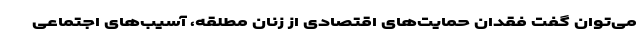
می‌توان گفت فقدان حمایت‌های اقتصادی از زنان مطلقه، آسیب‌های اجتماعی